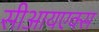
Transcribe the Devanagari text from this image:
सीआयएक्स